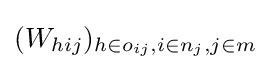
(W_{hij})_{h\in o_{ij},i\in n_{j},j\in m}